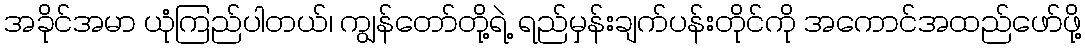
အခိုင်အမာ ယုံကြည်ပါတယ်၊ ကျွန်တော်တို့ရဲ့ ရည်မှန်းချက်ပန်းတိုင်ကို အကောင်အထည်ဖော်ဖို့